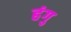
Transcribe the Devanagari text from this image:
हंगु